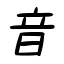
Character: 音